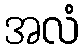
အလံ